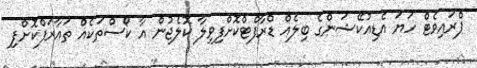
ޕްރައިވެޓް ހަޔަ އެޑިއުކޭޝަންގެ ބިލެއް ޑްރާފްޓްކޮށްފިވިލާ ކޮލެޖުން އާ ކޯސްތަކެއް ތައާރަފްކޮށްފި